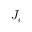
J _ { c }